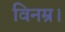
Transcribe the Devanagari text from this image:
विनम्र।